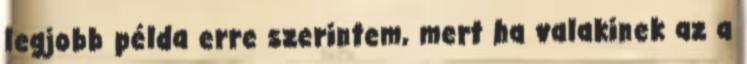
legjobb példa erre szerintem, mert ha valakinek az a